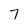
Character: 7